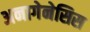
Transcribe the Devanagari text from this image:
अनागेनेसिस